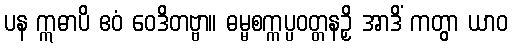
ပန ဣဓာပိ ဧဝံ ဝေဒိတဗ္ဗာ။ ဓမ္မစက္ကပ္ပဝတ္တနဉှိ အာဒိံ ကတွာ ယာဝ